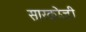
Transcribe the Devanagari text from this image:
सारकोजी